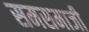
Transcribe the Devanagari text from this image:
समसमाजी